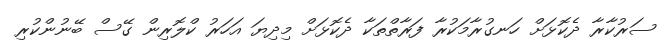
ސަރުކާރާ ދެކޮޅަށް ހަަނގުރާމަކުރާ ފަރާތްތަކާ ދެކޮޅަށް މިދިޔަ އަހަރު ކްލޮރިން ގޭސް ބޭނުންކުރި